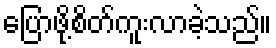
ပြောဖို့စိတ်ကူးလာခဲ့သည်။